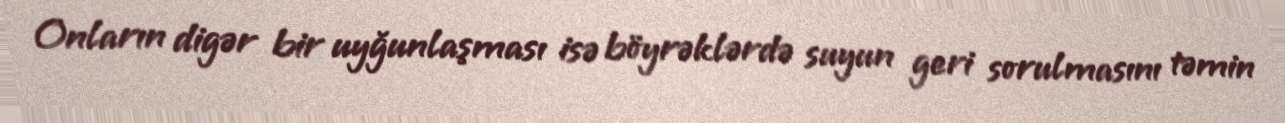
Onların digər bir uyğunlaşması isə böyrəklərdə suyun geri sorulmasını təmin